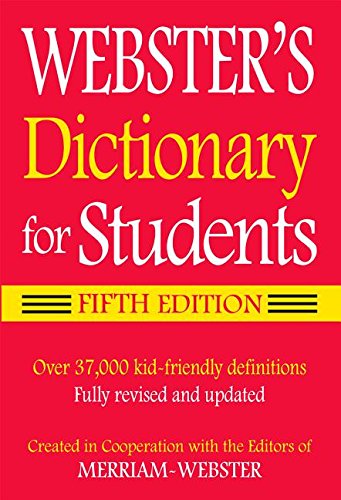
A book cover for Webster's Dictionary for Students, Fifth Edition; Merriam-Webster; Reference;